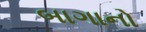
બાગાનો